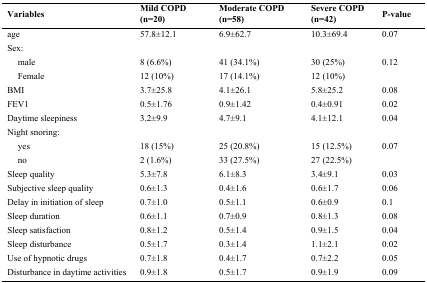
<table><thead><tr><td><b>Variables</b></td><td><b>Mild COPD (n=20)</b></td><td><b>Moderate COPD (n=58)</b></td><td><b>Severe COPD (n=42)</b></td><td><b>P-value</b></td></tr></thead><tbody><tr><td>age</td><td>57.8±12.1</td><td>6.9±62.7</td><td>10.3±69.4</td><td>0.07</td></tr><tr><td colspan="5">Sex:</td></tr><tr><td> male</td><td>8 (6.6%)</td><td>41 (34.1%)</td><td>30 (25%)</td><td>0.12</td></tr><tr><td> Female</td><td>12 (10%)</td><td>17 (14.1%)</td><td>12 (10%)</td><td>[EMPTY_CELL]</td></tr><tr><td>BMI</td><td>3.7±25.8</td><td>4.1±26.1</td><td>5.8±25.2</td><td>0.08</td></tr><tr><td>FEV1</td><td>0.5±1.76</td><td>0.9±1.42</td><td>0.4±0.91</td><td>0.02</td></tr><tr><td>Daytime sleepiness</td><td>3.2±9.9</td><td>4.7±9.1</td><td>4.1±12.1</td><td>0.04</td></tr><tr><td colspan="5">Night snoring:</td></tr><tr><td> yes</td><td>18 (15%)</td><td>25 (20.8%)</td><td>15 (12.5%)</td><td>0.07</td></tr><tr><td> no</td><td>2 (1.6%)</td><td>33 (27.5%)</td><td>27 (22.5%)</td><td>[EMPTY_CELL]</td></tr><tr><td>Sleep quality</td><td>5.3±7.8</td><td>6.1±8.3</td><td>3.4±9.1</td><td>0.03</td></tr><tr><td>Subjective sleep quality</td><td>0.6±1.3</td><td>0.4±1.6</td><td>0.6±1.7</td><td>0.06</td></tr><tr><td>Delay in initiation of sleep</td><td>0.7±1.0</td><td>0.5±1.1</td><td>0.6±0.9</td><td>0.1</td></tr><tr><td>Sleep duration</td><td>0.6±1.1</td><td>0.7±0.9</td><td>0.8±1.3</td><td>0.08</td></tr><tr><td>Sleep satisfaction</td><td>0.8±1.2</td><td>0.5±1.4</td><td>0.9±1.5</td><td>0.04</td></tr><tr><td>Sleep disturbance</td><td>0.5±1.7</td><td>0.3±1.4</td><td>1.1±2.1</td><td>0.02</td></tr><tr><td>Use of hypnotic drugs</td><td>0.7±1.8</td><td>0.4±1.7</td><td>0.7±2.2</td><td>0.05</td></tr><tr><td>Disturbance in daytime activities</td><td>0.9±1.8</td><td>0.5±1.7</td><td>0.9±1.9</td><td>0.09</td></tr></tbody></table>